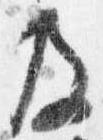
及